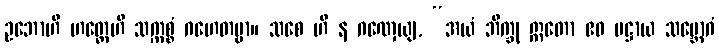
ဥဘောဟိ ဟတ္ထေဟိ သက္ကစ္စံ ဂဟေတဗ္ဗာ။ သစေ ဟိ န ဂဏှေယျ, “အယံ ဘိက္ခု ဣတော ဧဝ ပဋ္ဌာယ သမ္ဘောဂံ